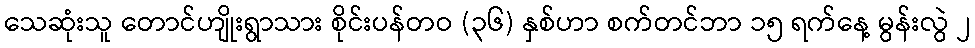
သေဆုံးသူ တောင်ဟျိုးရွာသား စိုင်းပန်တဝ (၃၆) နှစ်ဟာ စက်တင်ဘာ ၁၅ ရက်နေ့ မွန်းလွဲ ၂